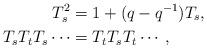
LaTeX: \begin{align*}T^{2}_{s} &= 1 + (q -q^{-1})T_{s} ,\\T_{s}T_{t}T_{s}\cdots &= T_{t}T_{s}T_{t}\cdots ,\end{align*}